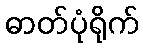
ဓာတ်ပုံရိုက်